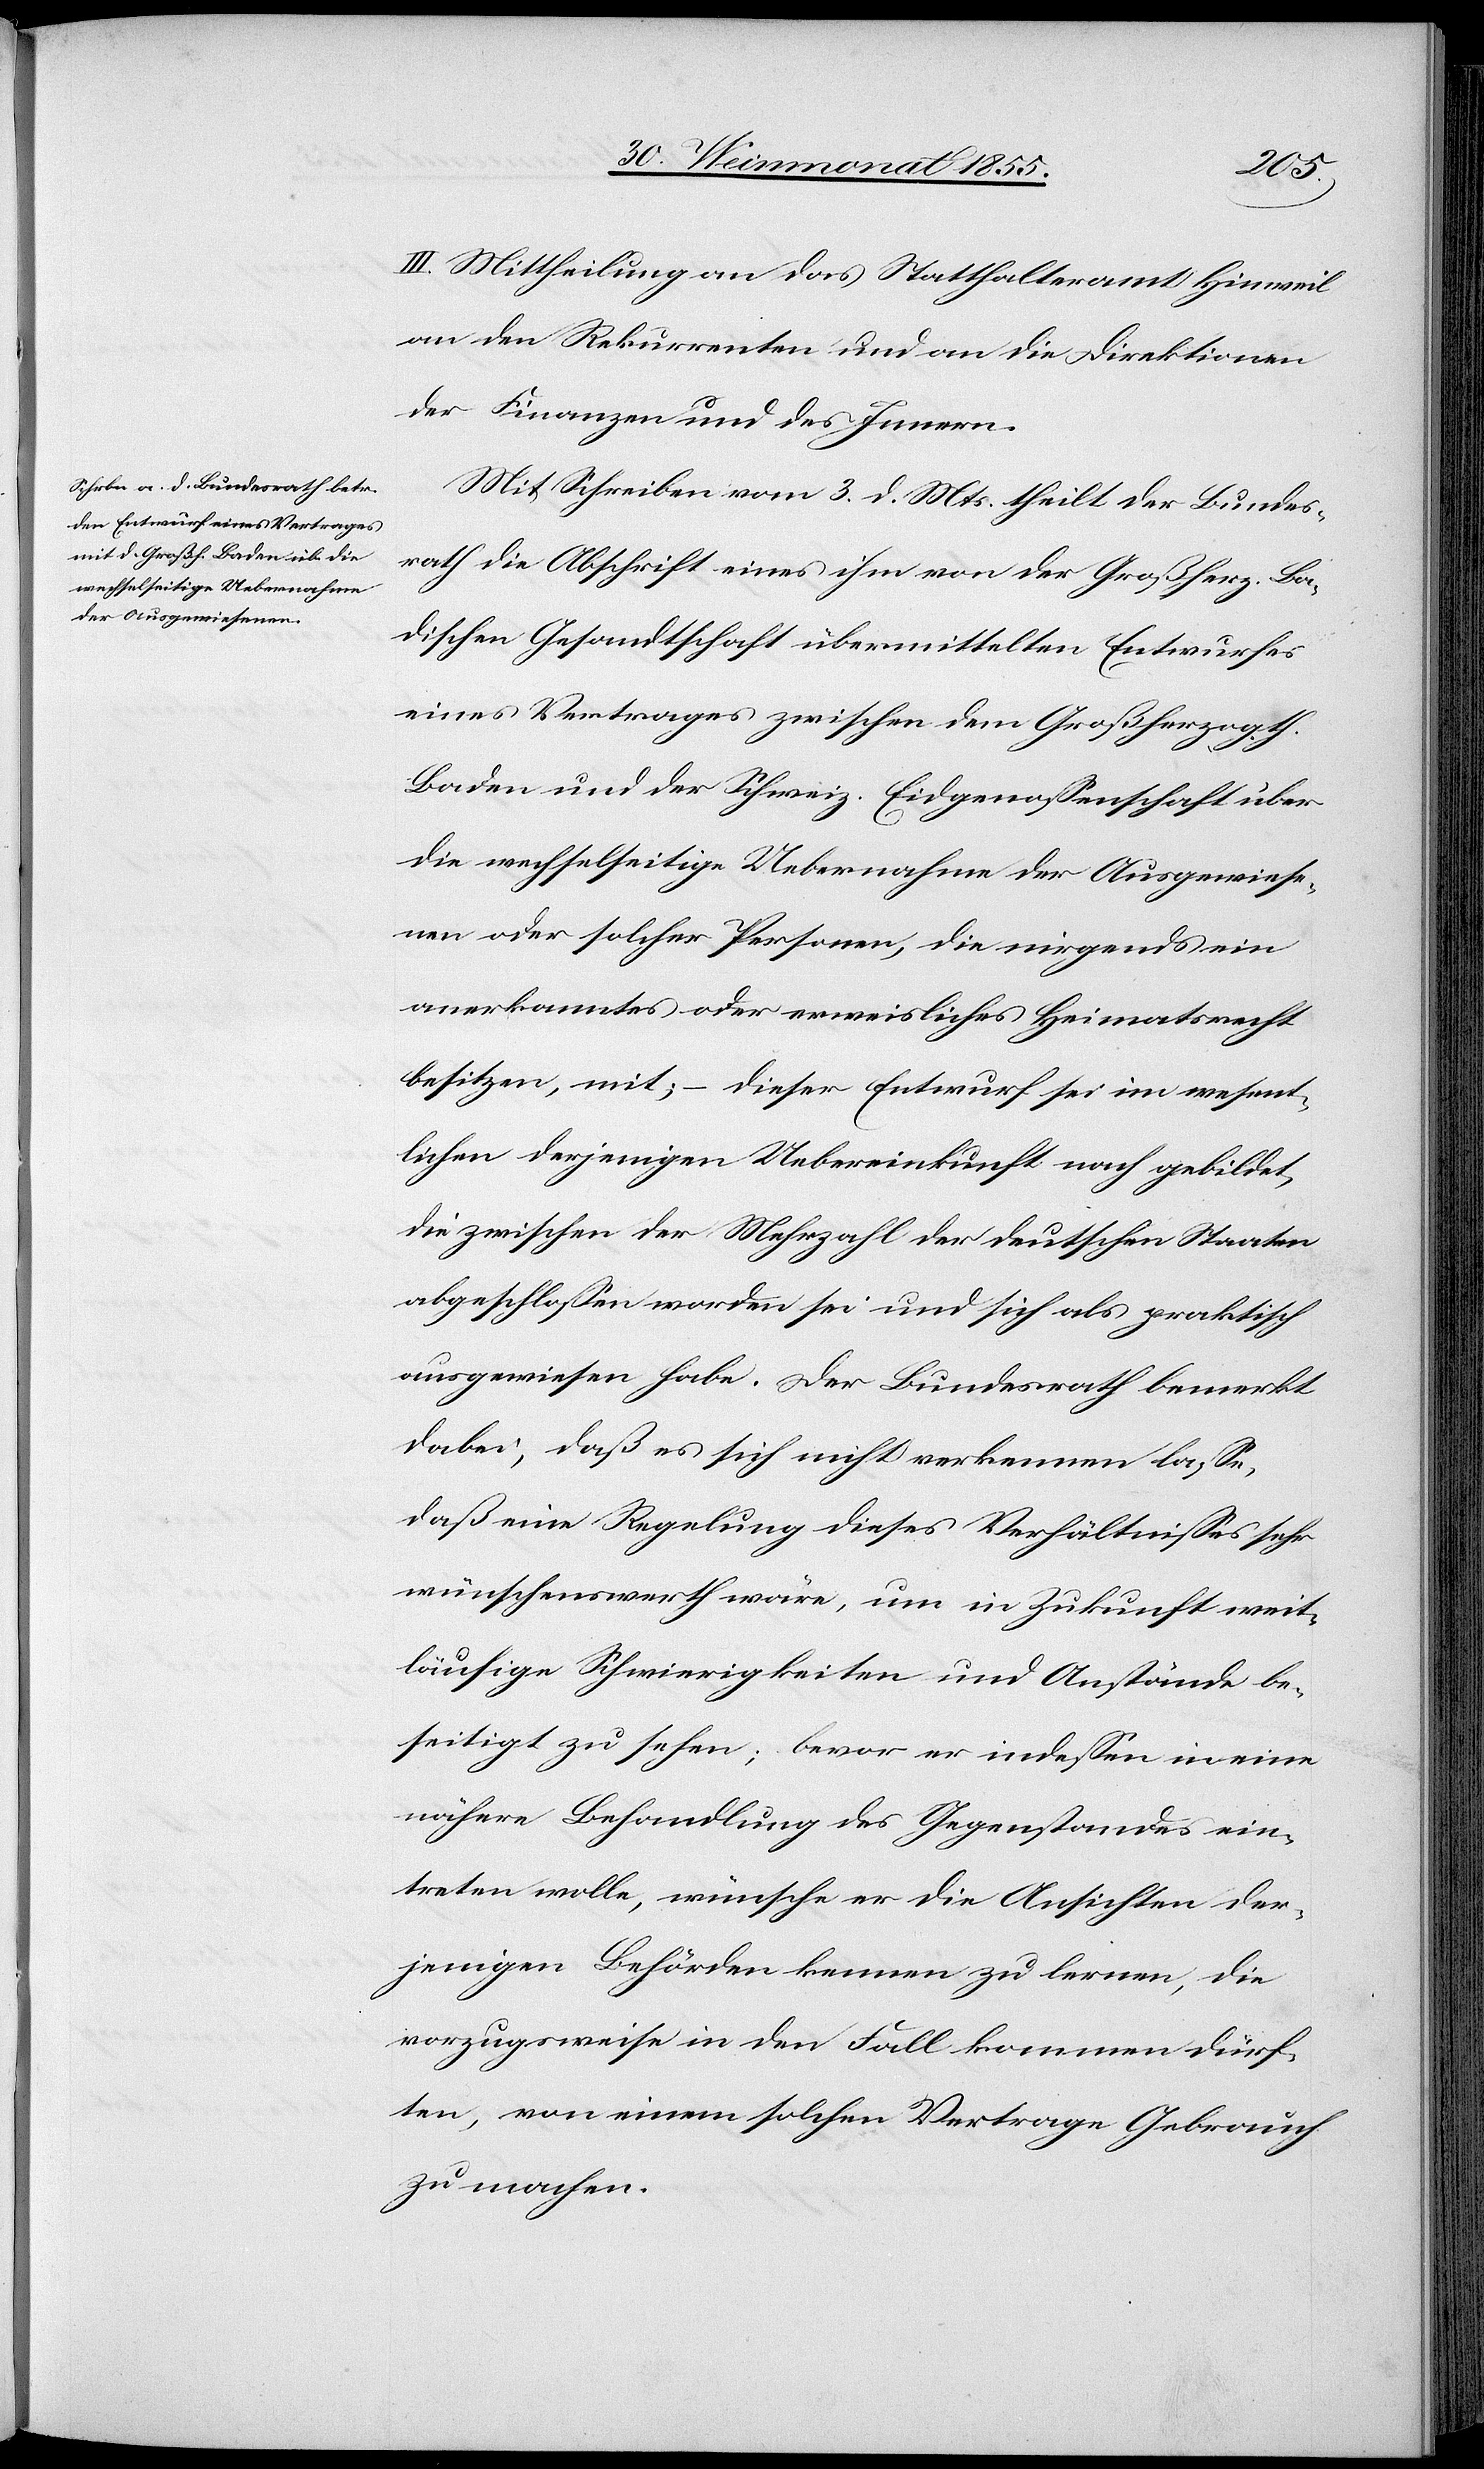
III. Mittheilung an das Statthalteramt Hinweil[,]
an den Rekurrenten und an die Direktionen
der Finanzen und des Innern.
Mit Schreiben vom 3. d. Mts. theilt der Bundes¬
rath die Abschrift eines ihm von der Großherz. Ba¬
dischen Gesandtschaft übermittelten Entwurfes
eines Vertrages zwischen dem Großherzogth.
Baden und der Schweiz. Eidgenossenschaft über
die wechselseitige Uebernahme der Ausgewiese¬
nen oder solcher Personen, die nirgends ein
anerkanntes oder erweisliches Heimatsrecht
besitzen, mit; – dieser Entwurf sei im wesent¬
lichen derjenigen Uebereinkunft nach gebildet,
die zwischen der Mehrzahl der deutschen Staaten
abgeschlossen worden sei und sich als praktisch
ausgewiesen habe. Der Bundesrath bemerkt
dabei, daß es sich nicht verkennen lasse,
daß eine Regelung dieses Verhältnisses sehr
wünschenswerth wäre, um in Zukunft weit¬
läufige Schwierigkeiten und Anstände be¬
seitigt zu sehen; bevor er indessen in eine
nähere Behandlung des Gegenstandes ein¬
treten wolle, wünsche er die Ansichten der¬
jenigen Behörden kennen zu lernen, die
vorzugsweise in den Fall kommen dürf¬
ten, von einem solchen Vertrage Gebrauch
zu machen.